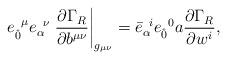
LaTeX: \begin{align*}e_{ \hat{0}}^{\;\;\mu}e_{\alpha}^{\;\; \nu} \left. \frac{\partial \Gamma_{R}}{\partial b^{\mu \nu}} \right|_{g_{\mu\nu}} = {\bar{e}}_{\alpha}^{\;\; i} {e}_{\hat{0}}^{\;\;0} a \frac{\partial \Gamma_{R}}{ \partial w^{i}},\end{align*}